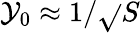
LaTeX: \mathcal{Y}_{0}\approx1/{\sqrt{}{{S}}}